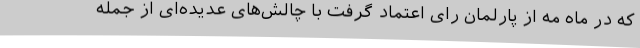
که در ماه مه از پارلمان رای اعتماد گرفت با چالش‌های عدیده‌ای از جمله